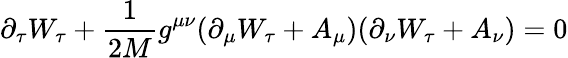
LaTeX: \partial_{\tau}W_{\tau}+\frac{1}{2M}g^{\mu\nu}(\partial_{\mu}W_{\tau}+A_{\mu})(\partial_{\nu}W_{\tau}+A_{\nu})=0